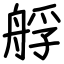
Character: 艀